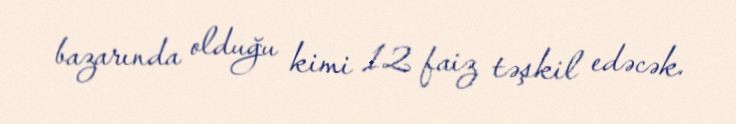
bazarında olduğu kimi 12 faiz təşkil edəcək.